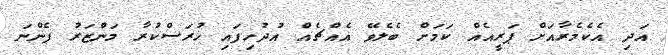
އަދި އެކެމެރާއަށް ޕަރީއެއް ކަމަށް ބެލެވޭ އެއްޗެއް އުދުހިފައި ހުރަސްކުރާ މަންޒަރު ފެންނަ